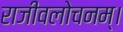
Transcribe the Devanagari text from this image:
राजीवलोचनम्‌।